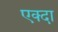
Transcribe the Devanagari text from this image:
एक्दा